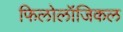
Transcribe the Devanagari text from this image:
फिलोलॉजिकल